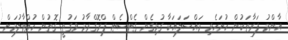
އާންމު ފަރާތަކުން ހުށަހެޅި މައްސަލައަކާ ގުޅިގެން ގެޓްސެޓް ޕްރޮގްރާމު ވަގުތީ ގޮތުން ހުއްޓާލުމަށް